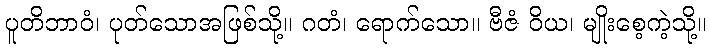
ပူတိဘာဝံ၊ ပုတ်သောအဖြစ်သို့။ ဂတံ၊ ရောက်သော။ ဗီဇံ ဝိယ၊ မျိုးစေ့ကဲ့သို့။